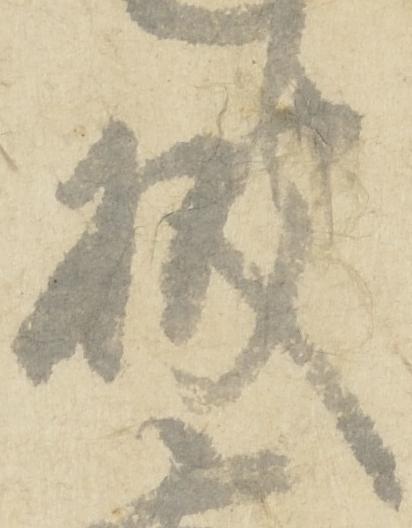
被